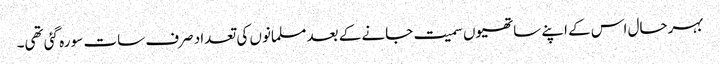
بہرحال اس کے اپنے ساتھیوں سمیت جانے کے بعد مسلمانوں کی تعداد صرف سات سو رہ گئی تھی۔